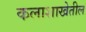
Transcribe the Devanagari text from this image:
कलाशाखेतील